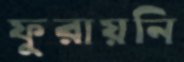
ফুরায়নি